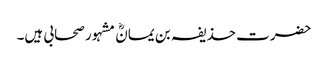
حضرت حذیفہ بن یمانؓ مشہور صحابی ہیں۔